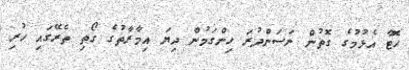
ހޮޓާ އެޅުމުގެ ގޮތުން ނަސަންދުރަ ހިންގަމުން ދިޔަ އިމާރާތުގެ ގޯތި ތެރޭގައި ހުރި